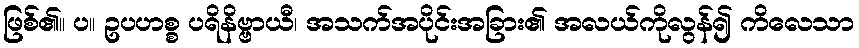
ဖြစ်၏။ ပ။ ဥပဟစ္စ ပရိနိဗ္ဗာယီ၊ အသက်အပိုင်းအခြား၏ အလယ်ကိုလွန်၍ ကိလေသာ